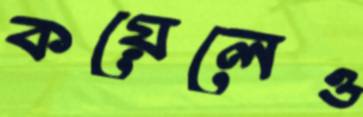
কয়েলেও